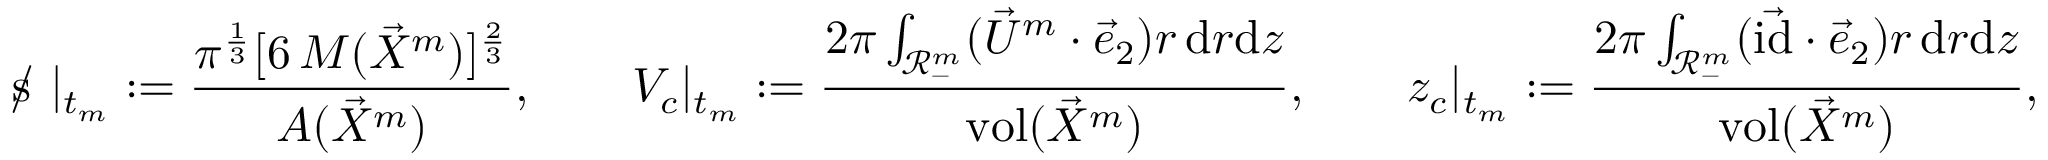
\mathrm { ~ s \! \! \! \! \: / ~ } | _ { t _ { m } } : = \frac { \pi ^ { \frac { 1 } { 3 } } [ 6 \, M ( \vec { X } ^ { m } ) ] ^ { \frac { 2 } { 3 } } } { A ( \vec { X } ^ { m } ) } , \qquad V _ { c } | _ { t _ { m } } : = \frac { 2 \pi \int _ { \mathscr { R } _ { - } ^ { m } } ( \vec { U } ^ { m } \cdot \vec { e } _ { 2 } ) r \, \mathrm { d } r \mathrm { d } z } { \operatorname { v o l } ( \vec { X } ^ { m } ) } , \qquad z _ { c } | _ { t _ { m } } : = \frac { 2 \pi \int _ { \mathscr { R } _ { - } ^ { m } } ( \vec { \mathrm { i d } } \cdot \vec { e } _ { 2 } ) r \, \mathrm { d } r \mathrm { d } z } { \operatorname { v o l } ( \vec { X } ^ { m } ) } ,